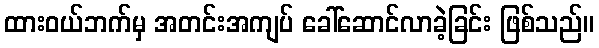
ထားဝယ်ဘက်မှ အတင်းအကျပ် ခေါ်ဆောင်လာခဲ့ခြင်း ဖြစ်သည်။